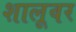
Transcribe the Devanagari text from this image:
शालूवर